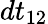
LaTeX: dt_{12}